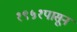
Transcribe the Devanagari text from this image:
१९५१पासून